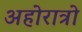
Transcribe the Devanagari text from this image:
अहोरात्रो